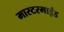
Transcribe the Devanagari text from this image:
मास्टरमाईंड